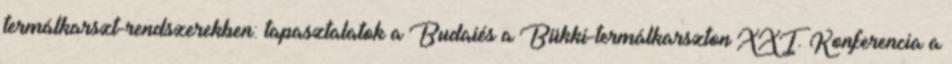
termálkarszt-rendszerekben: tapasztalatok a Budaiés a Bükki-termálkarszton XXI. Konferencia a